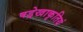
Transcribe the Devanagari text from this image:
षड्रेखाकृतियं